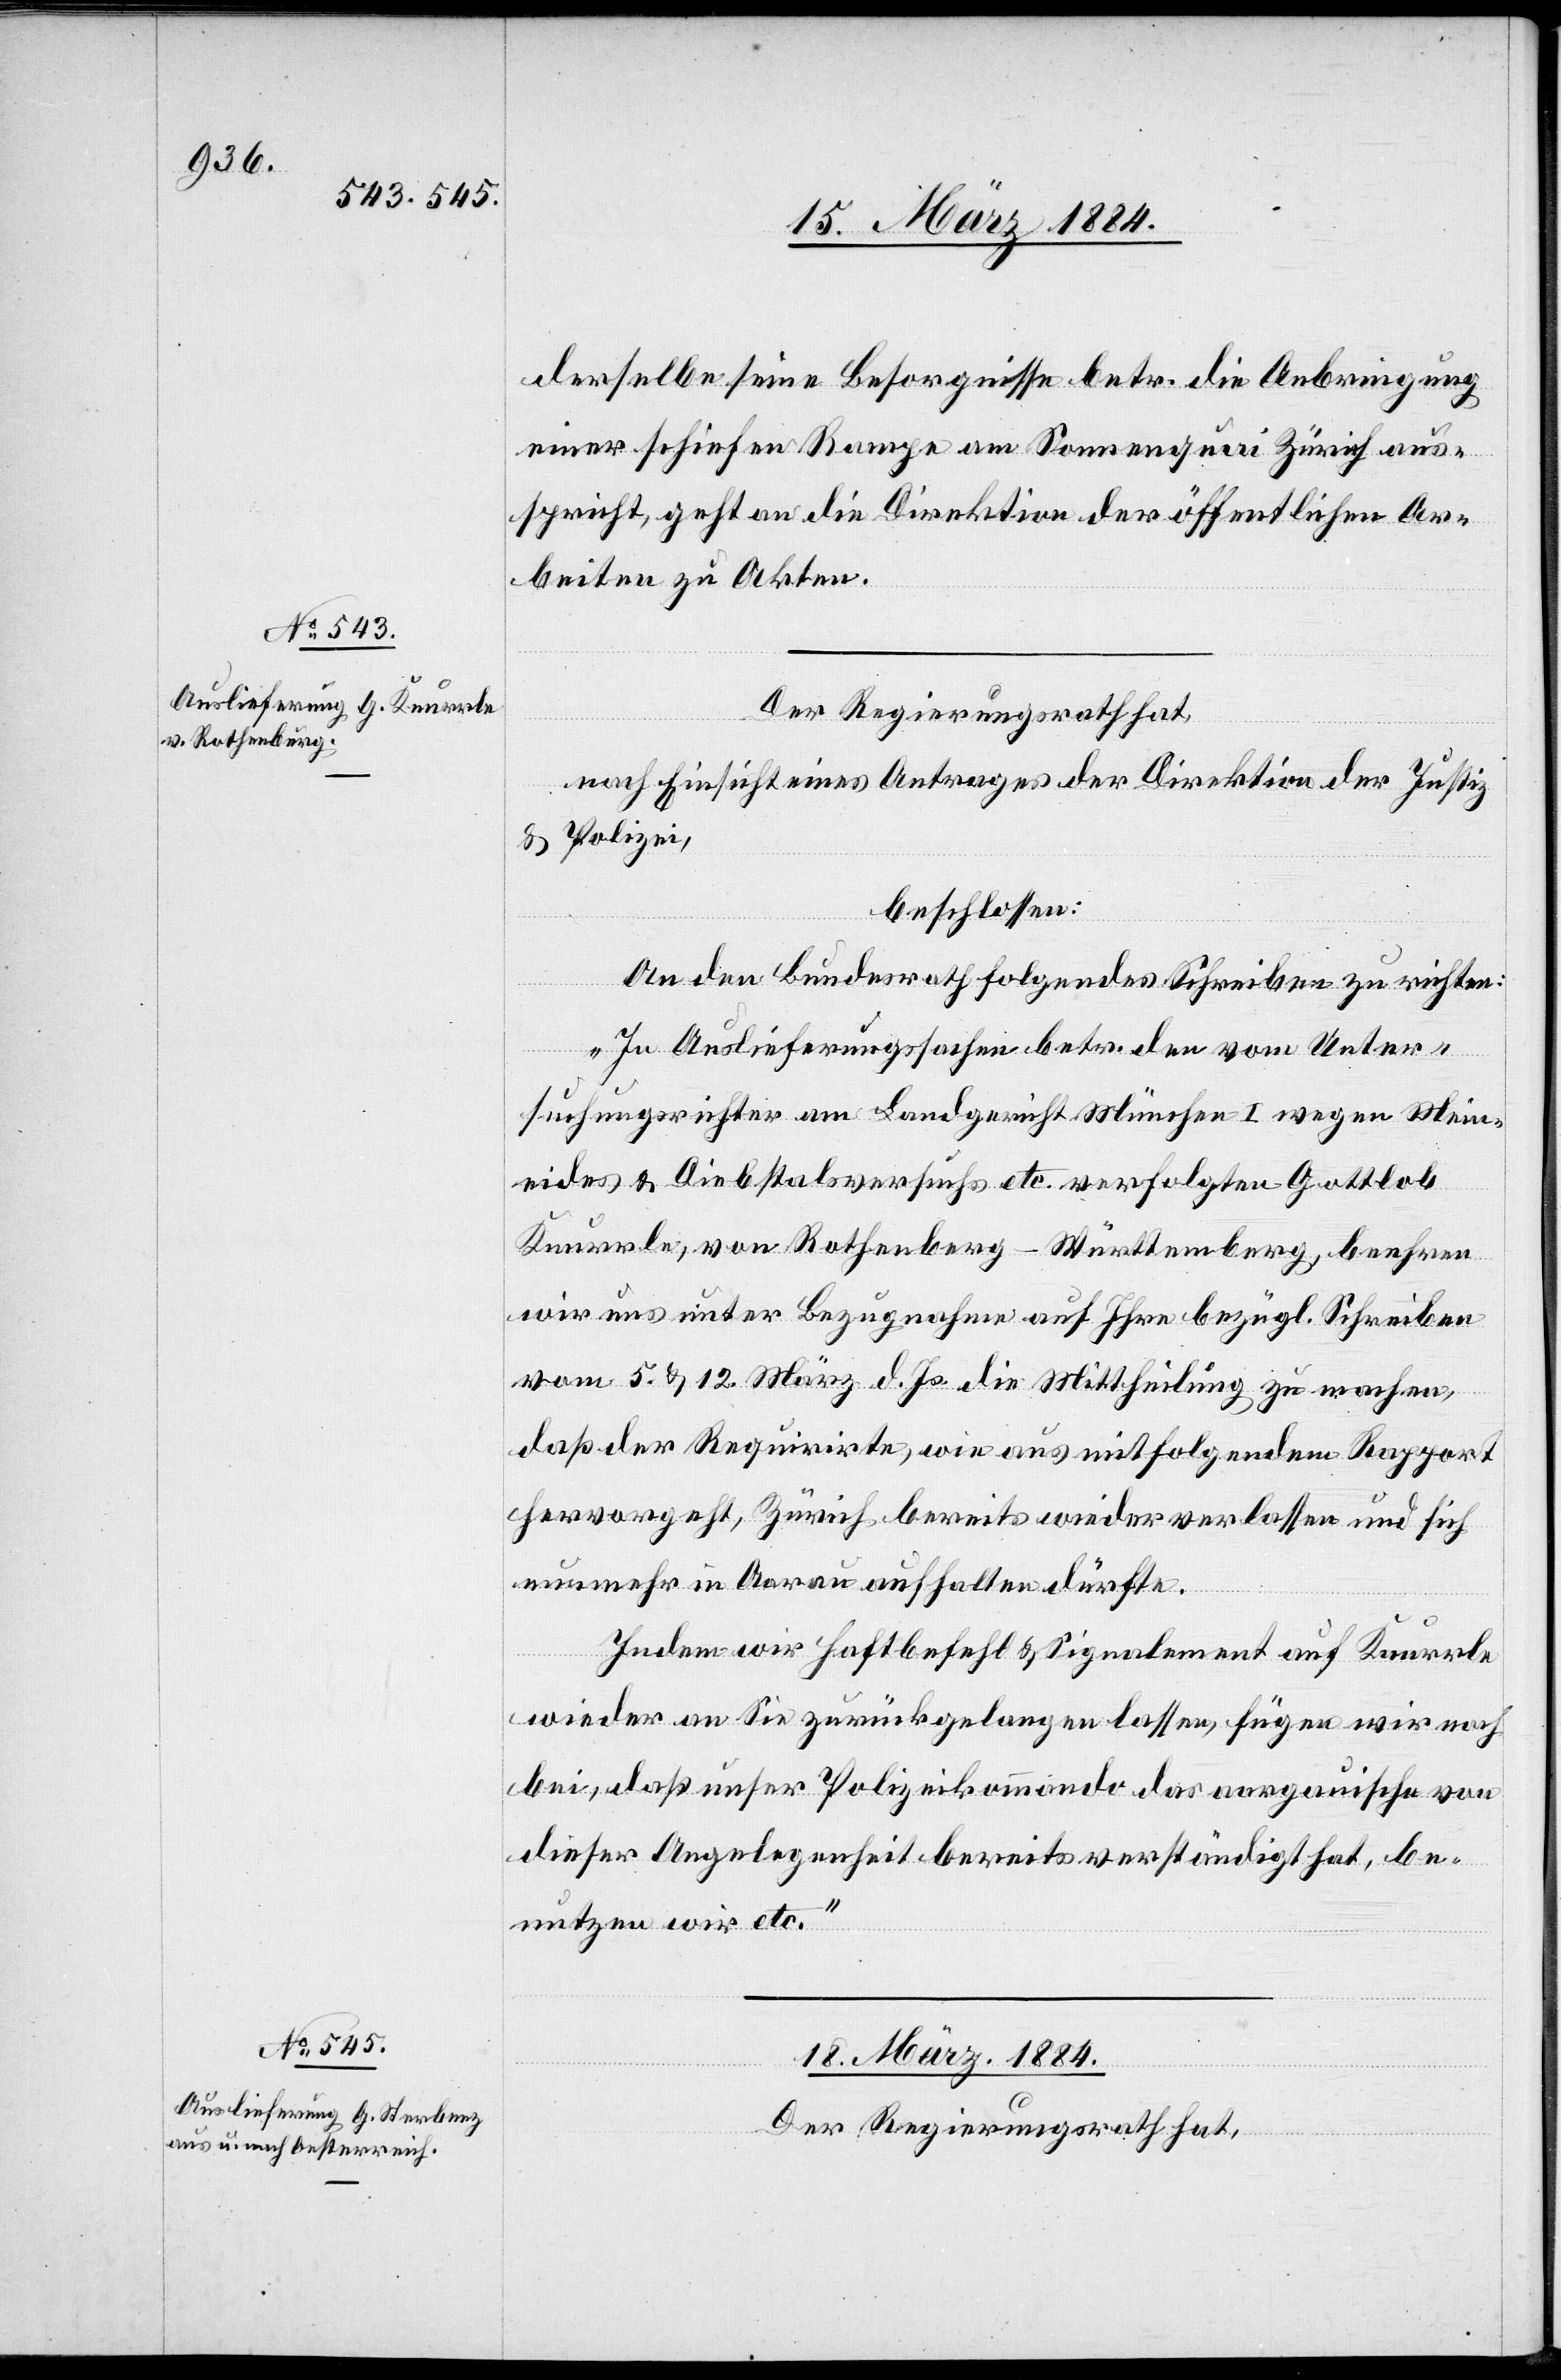
17. März 1884.]
derselbe seine Besorgnisse betr. die Anbringung
einer schiefen Rampe am Sommerquai Zürich aus¬
spricht, geht an die Direktion der öffentlichen Ar¬
beiten zu Akten.
Der Regierungsrath hat,
nach Einsicht eines Antrages der Direktion der Justiz
Polizei,
beschlossen:
An den Bundesrath folgendes Schreiben zu richten:
„In Auslieferungssachen betr. den vom Unter¬
suchungsrichter am Landgericht München I wegen Mein¬
eides & Diebstalsversuchs etc. verfolgten Gottlob
Knurrle, von Rothenberg - Württemberg, beehren
wir uns unter Bezugnahme auf Ihre bezügl. Schreiben
vom 5. & 12. März d. Js. die Mittheilung zu machen,
daß der Requirirte, wie aus mitfolgendem Rapport
hervorgeht, Zürich bereits wieder verlassen und sich
nunmehr in Aarau aufhalten dürfte.
Indem wir Haftbefehl & Signalement auf Knurrle
wieder an Sie zurückgelangen lassen, fügen wir noch
bei, daß unser Polizeikommando das aargauische von
dieser Angelegenheit bereits verständigt hat, be¬
nutzen wir etc.“
18. März 1884.
Der Regierungsrath hat,